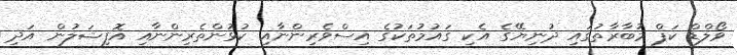
ވޯލްޑް ކަޕް މުބާރާތުގައި ދުނިޔޭގެ އެކި ގައުމުތަކުގެ އިސްވެރިންނާއި ކުޅުންތެރިންނާއި އޮފިޝަލުން އަދި